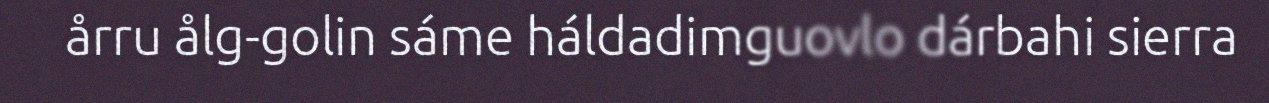
årru ålg-golin sáme háldadimguovlo dárbahi sierra